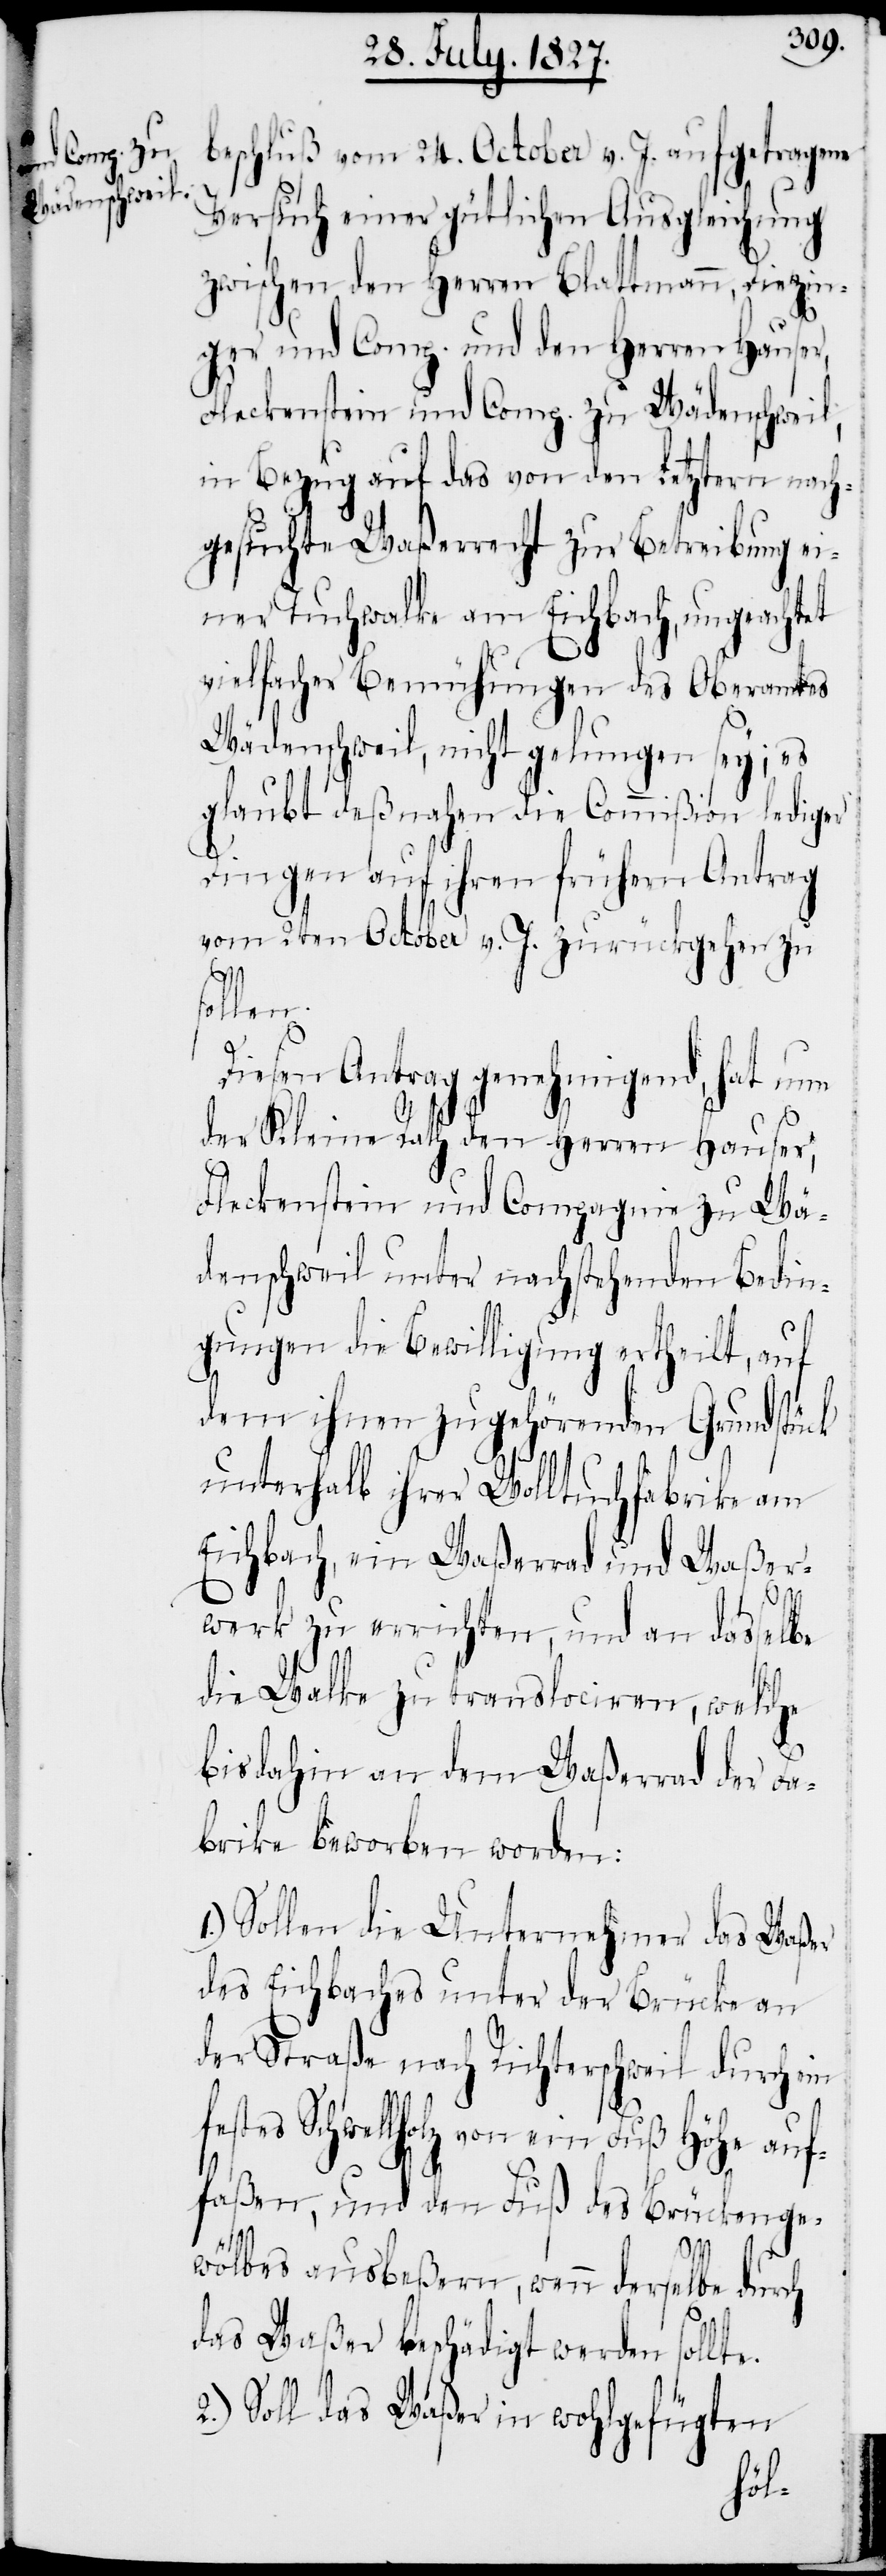
beschluß vom 24. October v. J. aufgetragene
Versuch einer gütlichen Ausgleichung
zwischen den Herren Blattmann, Diezin¬
ger und Comp. und den Herren Hauser,
Fleckenstein und Comp. zu Wädenschweil,
in Bezug auf das von den Letztern nach¬
gesuchte Waßerrecht zur Betreibung ei¬
ner Tuchwalke am Eichbach, ungeachtet
vielfacher Bemühung des Oberamtes
Wädenschweil, nicht gelungen sey; es
glaubt deßnahen die Commißion lediger
Dingen auf ihren frühern Antrag
vom 2ten October v. J. zurückgehen zu
len.
Diesen Antrag genehmigend, hat nun
der Kleine Rath den Herren Hauser,
Fleckenstein und Compagnie zu Wä¬
denschweil unter nachstehenden Bedin¬
gungen die Bewilligung ertheilt, auf
dem ihnen zugehörenden Grundstück
unterhalt ihrer Wolltuchfabrike am
Eichbach, ein Waßerrad und Waßer¬
werk zu errichten, und an dasselbe
die Walke zu translociren, welche
bisdahin an dem Waßerrad der Fa¬
brike beworben worden:
1.) Sollen die Unternehmer das Waßer
des Eichbaches unter der Brücke an
der Straße nach Richterschweil durch ein
festes Schwellholz von ein Fuß Höhe auf¬
faßen, und den Fuß des Brückenge¬
wölbes ausbeßern, wenn derselbe durch
das Waßer beschädigt werden sollte.
2.) Soll das Waßer in wohlgefügten
sol¬